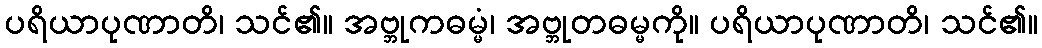
ပရိယာပုဏာတိ၊ သင်၏။ အဗ္ဘုကဓမ္မံ၊ အဗ္ဘုတဓမ္မကို။ ပရိယာပုဏာတိ၊ သင်၏။